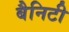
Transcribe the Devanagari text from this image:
बैनिटी